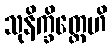
သုနိက္ခိတ္တေဟိ